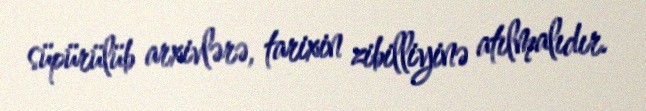
süpürülüb arxivlərə, tarixin zibilliyinə atılmalıdır.